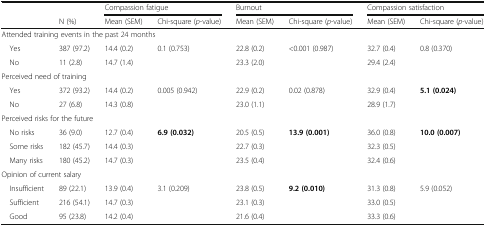
| <ROWSPAN=2>  |  | <COLSPAN=2> Compassion fatigue | <COLSPAN=2> Burnout | <COLSPAN=2> Compassion satisfaction |
 | N (%) | Mean (SEM) | Chi-square (p-value) | Mean (SEM) | Chi-square (p-value) | Mean (SEM) | Chi-square (p-value) |
 | --- | --- | --- | --- | --- | --- | --- | --- |
 | <COLSPAN=8> Attended training events in the past 24 months |
 | Yes | 387 (97.2) | 14.4 (0.2) | <ROWSPAN=2> 0.1 (0.753) | 22.8 (0.2) | <ROWSPAN=2> <0.001 (0.987) | 32.7 (0.4) | <ROWSPAN=2> 0.8 (0.370) |
 | No | 11 (2.8) | 14.7 (1.4) | 23.3 (2.0) | 29.4 (2.4) |
 | <COLSPAN=8> Perceived need of training |
 | Yes | 372 (93.2) | 14.4 (0.2) | <ROWSPAN=2> 0.005 (0.942) | 22.9 (0.2) | <ROWSPAN=2> 0.02 (0.878) | 32.9 (0.4) | <ROWSPAN=2> 5.1 (0.024) |
 | No | 27 (6.8) | 14.3 (0.8) | 23.0 (1.1) | 28.9 (1.7) |
 | <COLSPAN=8> Perceived risks for the future |
 | No risks | 36 (9.0) | 12.7 (0.4) | <ROWSPAN=3> 6.9 (0.032) | 20.5 (0.5) | <ROWSPAN=3> 13.9 (0.001) | 36.0 (0.8) | <ROWSPAN=3> 10.0 (0.007) |
 | Some risks | 182 (45.7) | 14.4 (0.3) | 22.7 (0.3) | 32.3 (0.5) |
 | Many risks | 180 (45.2) | 14.7 (0.3) | 23.5 (0.4) | 32.4 (0.6) |
 | <COLSPAN=8> Opinion of current salary |
 | Insufficient | 89 (22.1) | 13.9 (0.4) | <ROWSPAN=3> 3.1 (0.209) | 23.8 (0.5) | <ROWSPAN=3> 9.2 (0.010) | 31.3 (0.8) | <ROWSPAN=3> 5.9 (0.052) |
 | Sufficient | 216 (54.1) | 14.7 (0.3) | 23.1 (0.3) | 33.0 (0.5) |
 | Good | 95 (23.8) | 14.2 (0.4) | 21.6 (0.4) | 33.3 (0.6) |